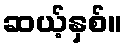
ဆယ့်နှစ်။